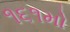
૧૬૧મો